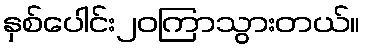
နှစ်ပေါင်း၂၀ကြာသွားတယ်။